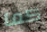
كما